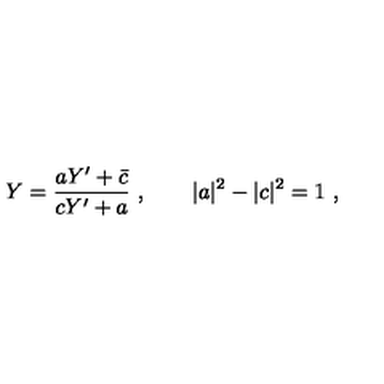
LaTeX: Y = { \frac { a Y ^ { \prime } + \bar { c } } { c Y ^ { \prime } + a } } \ , \qquad | a | ^ { 2 } - | c | ^ { 2 } = 1 \ ,